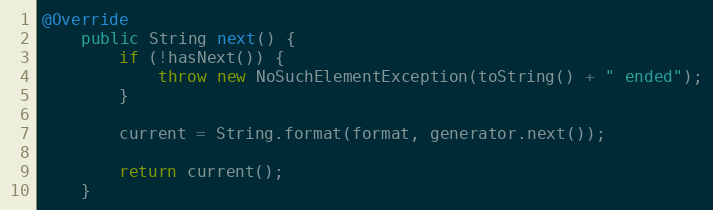
Language: Java
@Override
	public String next() {
		if (!hasNext()) {
			throw new NoSuchElementException(toString() + " ended");
		}

		current = String.format(format, generator.next());

		return current();
	}